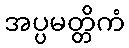
အပ္ပမတ္တိကံ